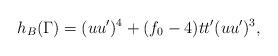
LaTeX: \begin{align*}h_B(\Gamma) = (u u')^4 +(f_0 -4 ) t t' (u u')^3,\end{align*}